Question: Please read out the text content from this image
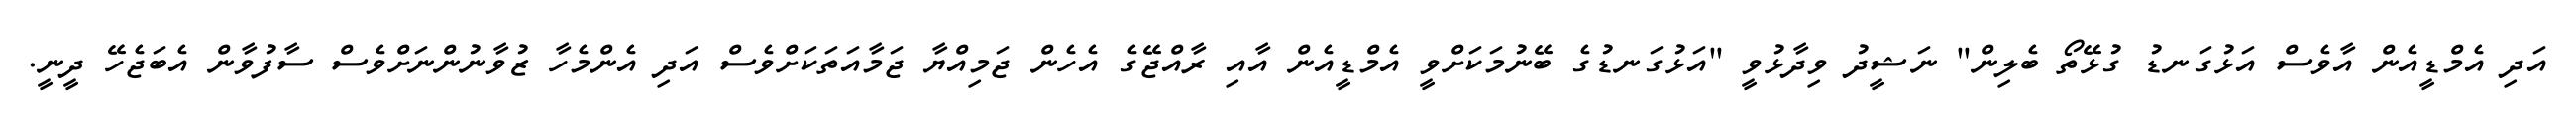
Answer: އަދި އެމްޑީއެން އާވެސް އަޅުގަނޑު ގުޅޭތޯ ބެލިން" ނަޝީދު ވިދާޅުވީ "އަޅުގަނޑުގެ ބޭނުމަކަށްވީ އެމްޑީއެން އާއި ރާއްޖޭގެ އެހެން ޖަމިއްޔާ ޖަމާއަތަކަށްވެސް އަދި އެންމެހާ ޒުވާނުންނަށްވެސް ސާފުވާން އެބަޖެހޭ ދީނީ.